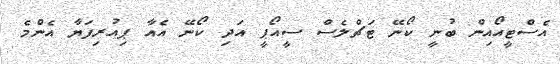
އެސްޓީއޯއިން ބުނީ ކޯނޭ ޓަޗްލެސް ސީއޯޕީ އަދި ކޯނޭ އެއާ ޕިއުރިފަޔާ އެންމެ